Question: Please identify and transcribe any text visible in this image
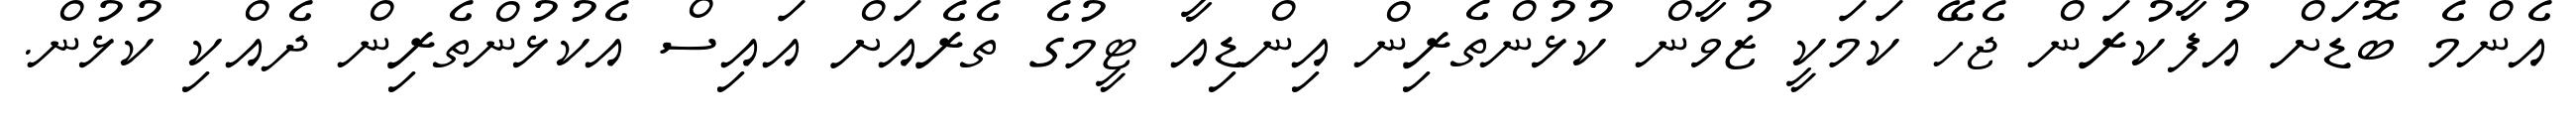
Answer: އެންމެ ބޮޑަށް އުފާކުރަން ޖެހޭ ކަމަކީ ޒުވާން ކުޅުންތެރިން އިންޑިއާ ޓީމުގެ ތެރެއަށް އައިސް އެކުޅުންތެރިން ދެއްކި ކުޅުން.